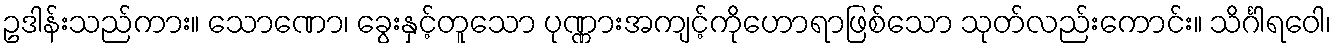
ဥဒါန်းသည်ကား။ သောဏော၊ ခွေးနှင့်တူသော ပုဏ္ဏားအကျင့်ကိုဟောရာဖြစ်သော သုတ်လည်းကောင်း။ သိင်္ဂါရဝေါ၊